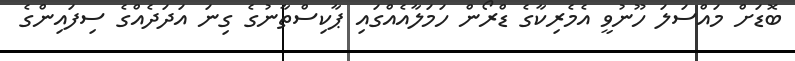
ބޮޑަށް މައްސަލަ ހޫނުވީ އެމެރިކާގެ ޑްރޯން ހަމަލާއެއްގައި ޕާކިސްތާނުގެ ގިނަ އަދަދެއްގެ ސިފައިންގެ